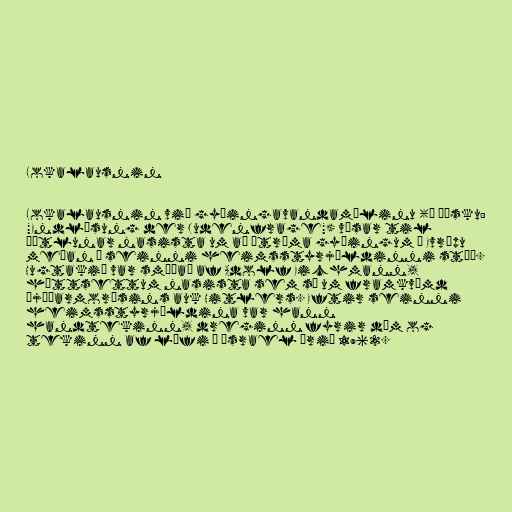
Lokalausnin

Lokalausnin við gyðingavandamálinu (á þýsku:
"Endlösung der Judenfrage") vísar til
áætlunar nasista um að útrýma gyðingum í Evrópu
meðan á seinni heimsstyrjöldinni stóð.
Hugtakið var smíðað af Adolf Eichmann,
háttsettum nasista sem sá um framkvæmd
þjóðarmorðsins auk Hitlers. Eftir seinni
heimsstyrjöldina var hann
handtekinn, dreginn fyrir dóm og
tekinn af lífi í Ísrael árið 1962.